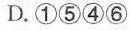
D.①⑤④⑥